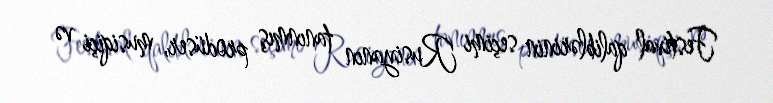
Festival qaliblərinin seçimi Rusiyanın tanınmış prodüser, musiqiçi və